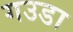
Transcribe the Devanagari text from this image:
गउडा